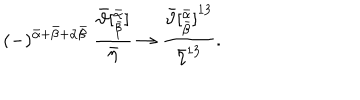
LaTeX: ( - ) ^ { { \bar { \alpha } } + { \bar { \beta } } + \bar { \alpha } \bar { \beta } } \; \frac { { \bar { \vartheta } } [ _ { \bar { \beta } } ^ { \bar { \alpha } } ] } { { \bar { \eta } } } \rightarrow \frac { { \bar { \vartheta } [ _ { \bar { \beta } } ^ { \bar { \alpha } } ] } ^ { 1 3 } } { { \bar { \eta } } ^ { 1 3 } } .